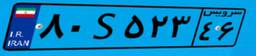
۶۳S۵۲۷۳۰